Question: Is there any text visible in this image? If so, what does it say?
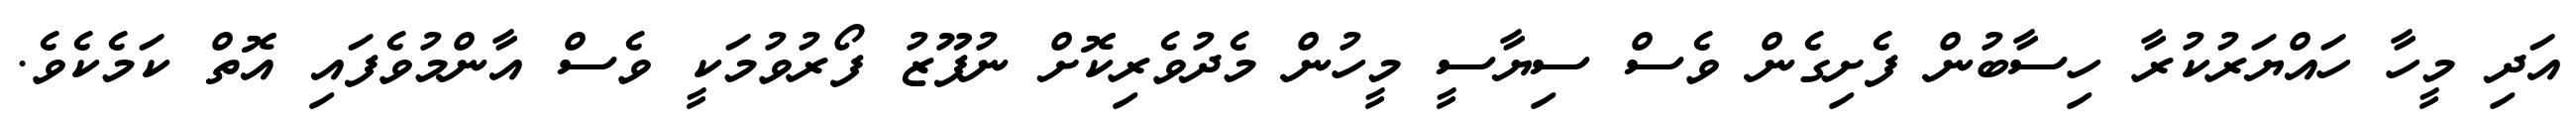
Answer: އަދި މީހާ ހައްޔަރުކުރާ ހިސާބުން ފެށިގެން ވެސް ސިޔާސީ މީހުން މެދުވެރިކޮށް ނުފޫޒު ފޯރުވުމަކީ ވެސް އާންމުވެފައި އޮތް ކަމެކެވެ.